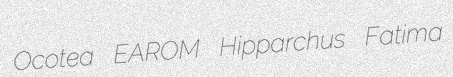
Ocotea EAROM Hipparchus Fatima